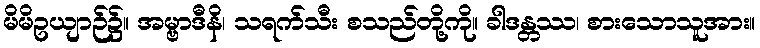
မိမိဥယျာဉ်၌။ အမ္ဗာဒီနိ၊ သရက်သီး စသည်တို့ကို။ ခါဒန္တဿ၊ စားသောသူအား။